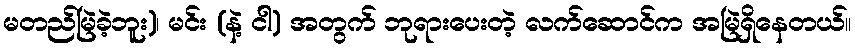
မတည်မြဲခဲ့ဘူး)၊ မင်း (နဲ့ ငါ) အတွက် ဘုရားပေးတဲ့ လက်ဆောင်က အမြဲရှိနေတယ်။